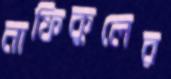
নাফিকুলের